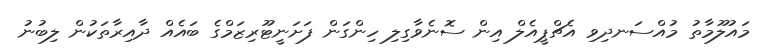
މައުލޫމާތު މުއްސަނދިވި އެޗްޕީއެލް އިން ސޮނެވާގިލި ހިންގަން ފަށަނީޓޫރިޒަމްގެ ބައެއް ދާއިރާތަކުން ލިބުނު